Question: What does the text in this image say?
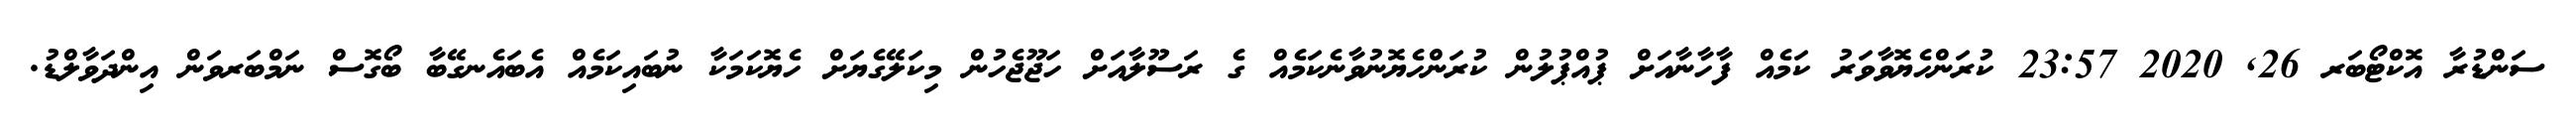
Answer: ސަންޑުރާ އޮކްޓޯބަރ 26, 2020 23:57 ކުރަންހެޔޮވާވަރު ކަމެއް ފާހާނާއަށް ޕުއްޕުލުން ކުރަންހެޔޮނުވާނެކަމެއް ގެ ރަސޫލާއަށް ހަޖޫޖެހުން މިކަލޭގެޔަށް ހެޔޮކަމަކާ ނުބައިކަމެއް އެބައެނގޭބާ ބޯގޮސް ނަމްބަރވަން އިންދަވާލްޑު.